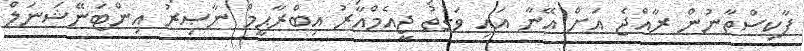
ޕާކިސްތާނުން ރާއްޖެ އަށް އޭނާ އައި ވަގުތު ޖީއެމްއާރު އިބްރާޙީމް ނާޞިރު އިންޓަނޭޝަނަލް